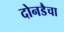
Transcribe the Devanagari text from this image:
दोनडैचा